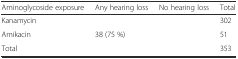
<table><thead><tr><td><b>Aminoglycoside exposure</b></td><td><b>Any hearing loss</b></td><td><b>No hearing loss</b></td><td><b>Total</b></td></tr></thead><tbody><tr><td>Kanamycin</td><td>[EMPTY_CELL]</td><td>[EMPTY_CELL]</td><td>302</td></tr><tr><td>Amikacin</td><td>38 (75 %)</td><td>[EMPTY_CELL]</td><td>51</td></tr><tr><td>Total</td><td>[EMPTY_CELL]</td><td>[EMPTY_CELL]</td><td>353</td></tr></tbody></table>